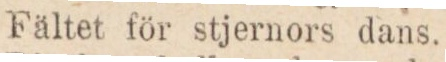
Fältet för stjernors dans.